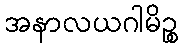
အနာလယဂါမိဉ္စ